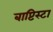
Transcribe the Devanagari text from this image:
बाप्टिस्टा